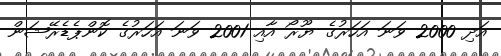
އަދި 2000 ވަނަ އަހަރުގެ ޔޫރޯ އާއި 2001 ވަނަ އަހަރުގެ ކޮންޕެޑެރޭޝަން